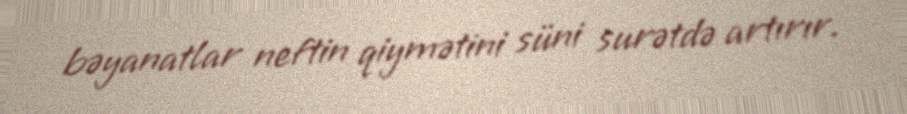
bəyanatlar neftin qiymətini süni surətdə artırır.